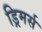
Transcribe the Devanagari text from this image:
ड्रिमर्स